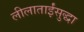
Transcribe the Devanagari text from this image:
लीलाताईंसुद्धा